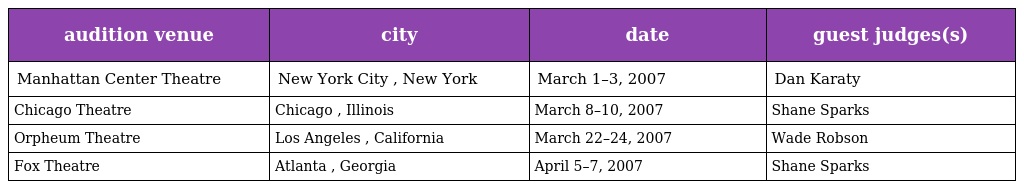
| audition venue | city | date | guest judges(s) |
 | --- | --- | --- | --- |
 | Manhattan Center Theatre | New York City , New York | March 1–3, 2007 | Dan Karaty |
 | Chicago Theatre | Chicago , Illinois | March 8–10, 2007 | Shane Sparks |
 | Orpheum Theatre | Los Angeles , California | March 22–24, 2007 | Wade Robson |
 | Fox Theatre | Atlanta , Georgia | April 5–7, 2007 | Shane Sparks |